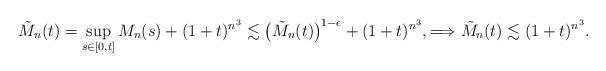
LaTeX: \begin{align*}\tilde{M}_{n}(t)=\sup_{s\in [0, t]}M_{n}(s)+ (1+t)^{n^3} \lesssim \big( \tilde{M}_{n}( t) \big)^{ 1- \epsilon}+ (1+t)^{n^3}, \Longrightarrow \tilde{M}_{n}(t)\lesssim (1+t)^{n^3}. \end{align*}